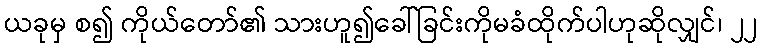
ယခုမှ စ၍ ကိုယ်တော်၏ သားဟူ၍ခေါ်ခြင်းကိုမခံထိုက်ပါဟုဆိုလျှင်၊ ၂၂